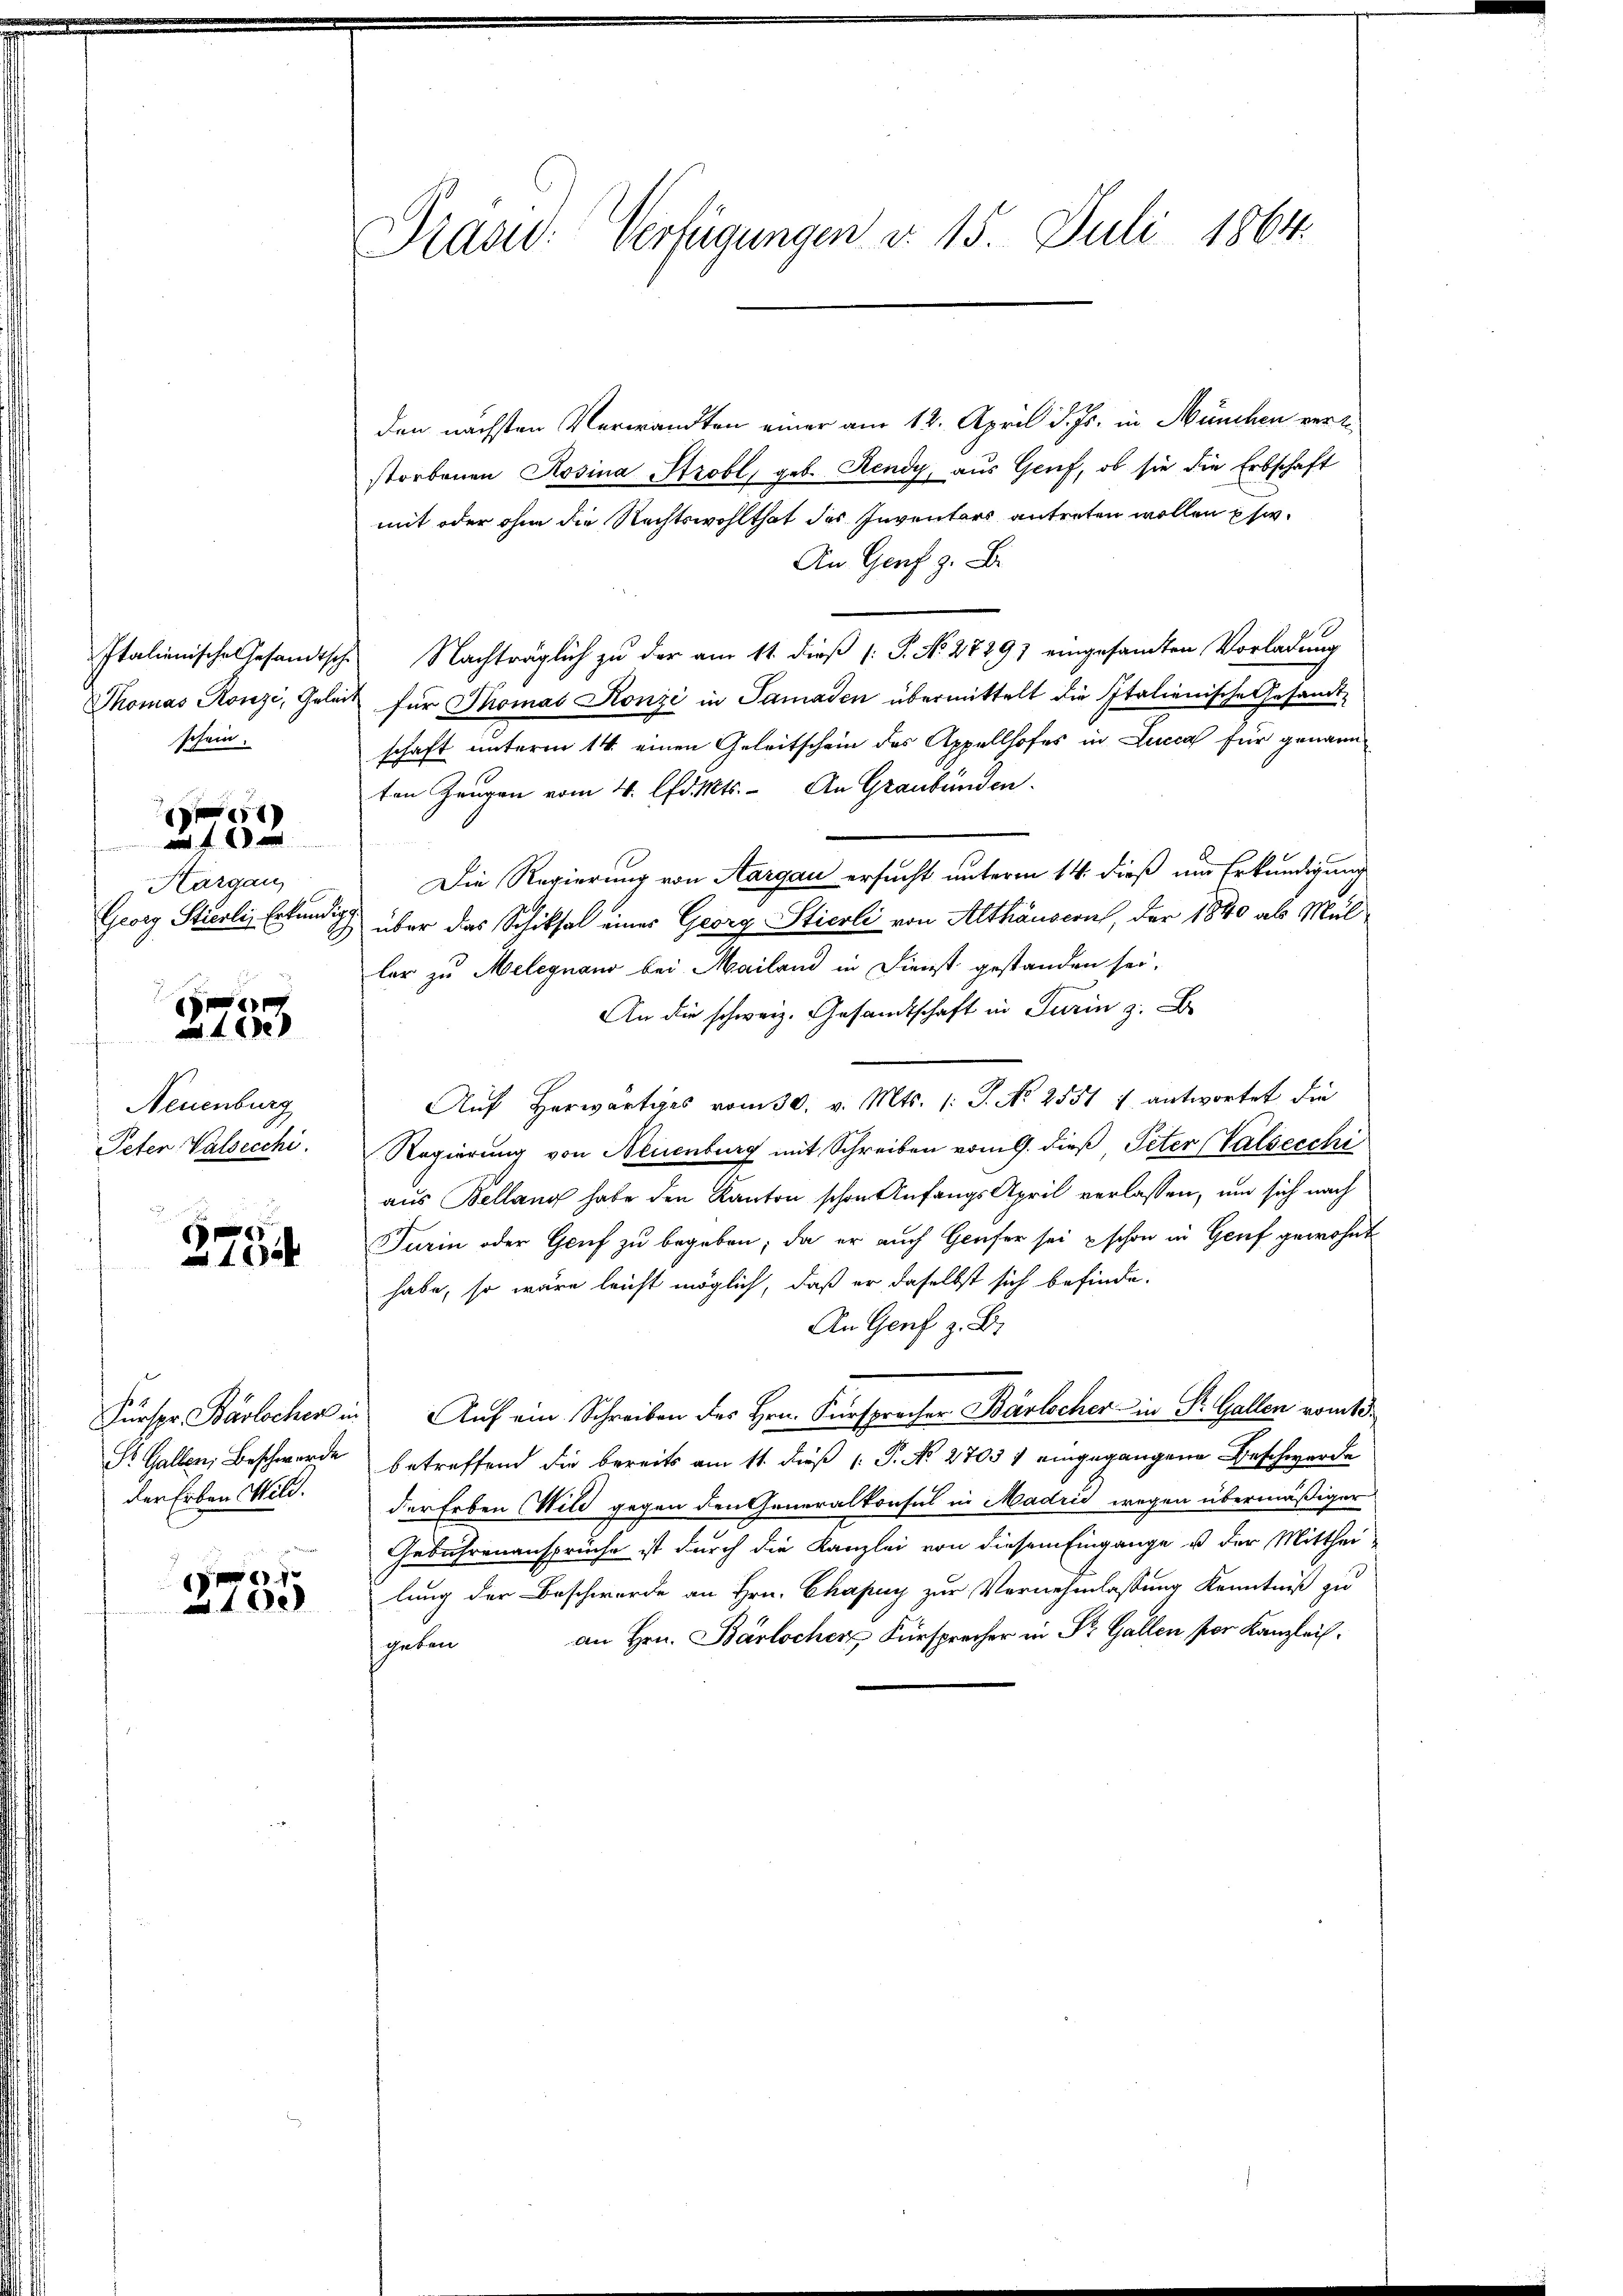
schein.

Hargau,
Georg Sturli, Erkundig

t
1 f 0

6
a 1 de

Neuenburg
Peter Valsecchi.

G
1006

der Erben Mild.

.
2

Präsid. Verfügungen d. 15. Juli 1864.

den nächsten Verwandten einer am 12. April d. Js. in München verl
storbenen Rosina Strobl, geb. Hendy, aus Genf, ob sie die Erbschaft
mit oder ohne die Rechtswohlthat des Inventars antreten wollen usw.
An Genf z. B.
Italienische Gesandtsche Nachträglich zu der am 11. dieß P. No. 27291 eingesamten Vorladung
Thomas Konzi, Geleit für Thomas Konzi in Samaden übermittelt die Italienische Gesandt-
schaft unterm 14. einen Geleitschein des Appellhofes in Lucca für genann
ten Zeugen vom 4. d. Mts. An Graubünden.
Die Regierung von Aargau ersucht unterm 14. dieß um Erkundigung
& über das Schiksal eines Georg Stierli von Althäusern, der 1840 als Mül
lar zu Melegnano bei Mailand in Dienst gestanden sei.
An die schweiz. Gesandtschaft in Turin z. B
Aŭf herwärtiges vom 30. v. Mts. (: S. No 2551 f antwortet die
Regierung von Neuenburg mit Schreiben vom 9. dieß Peter (Valsecchi
aus Bellang habe den Kanton schon Anfangs April verlassen, um sich nach
Turin oder Genf zu begeben; da er auch Genfer sei schon in Genf gewohnte
habe, so wäre leicht möglich, daß er daselbst sich befinde.
An Genf z. B.
Fürspr. Bärlochen in Auf ein Schreiben des Hrn. Fürsprecher Bärlscher in St. Gallen romte
St. Gallen Beschwerde betreffend die bereits am 11. dieß P. Nr. 27031 eingegangene Beschwerde
der Erben (Wild gegen den Generalkonsul in Madrid wegen übermäßiger
Gebührenansprüche ist durch die Kanzlei von diesem Eingange u der Mitthei-
lung der Beschwerde an Hrn. Chapuy zur Vernehmlassung Kenntniß zu
an Hrn. Bärlocher Fürsprecher in Dr. Gallen vor Kanzleichgeben